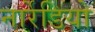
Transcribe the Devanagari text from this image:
नार्रेडियो